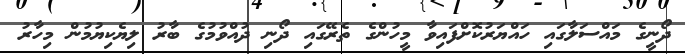
ދޯނީގެ މައްސަލާގައި ހައްޔަރުކޮށްފައިވާ މީހުންގެ ތެރޭގައި ދޯނި ދުއްވުމުގެ ބާރު ލިޔެކިޔުމުން މިހާރު